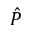
\hat { P }